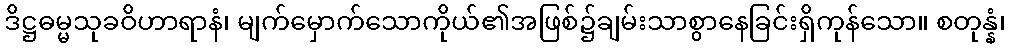
ဒိဋ္ဌဓမ္မသုခဝိဟာရာနံ၊ မျက်မှောက်သောကိုယ်၏အဖြစ်၌ချမ်းသာစွာနေခြင်းရှိကုန်သော။ စတုန္နံ၊